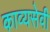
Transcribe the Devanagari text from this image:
काव्यसेवी